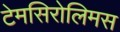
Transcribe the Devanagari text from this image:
टेमसिरोलिमस